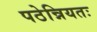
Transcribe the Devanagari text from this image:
पठेन्नियतः